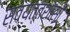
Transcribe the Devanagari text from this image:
स्वयत्तशासी